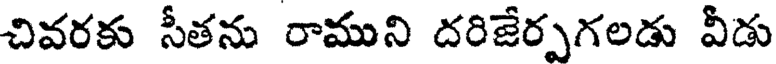
చివరకు సీతను రాముని దరిజేర్పగలడు వీడు